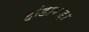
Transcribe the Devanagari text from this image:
हांडाबाड़ा